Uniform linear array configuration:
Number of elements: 12
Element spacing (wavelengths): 0.25
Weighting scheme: exponential
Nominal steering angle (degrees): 60
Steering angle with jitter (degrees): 60.622
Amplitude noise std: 0.05
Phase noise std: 0.05

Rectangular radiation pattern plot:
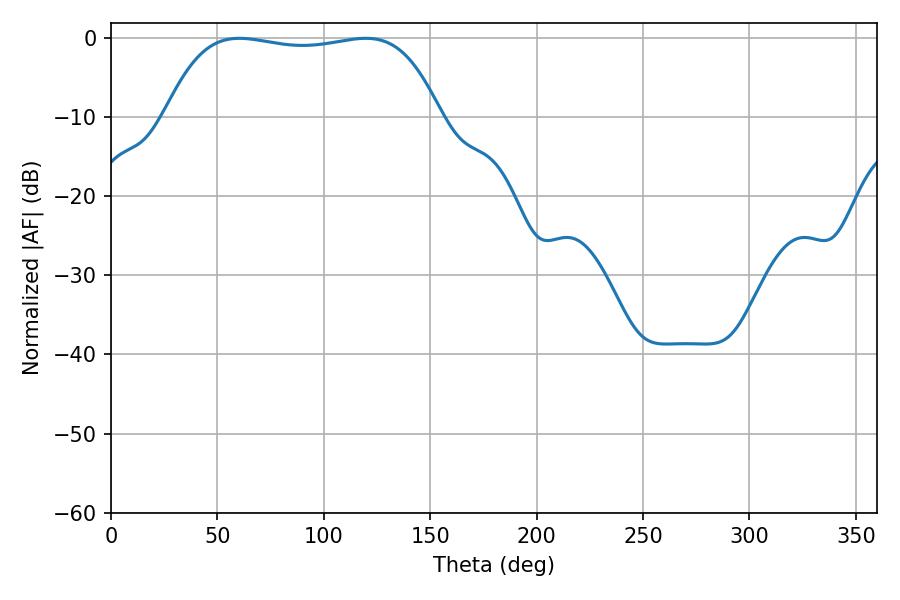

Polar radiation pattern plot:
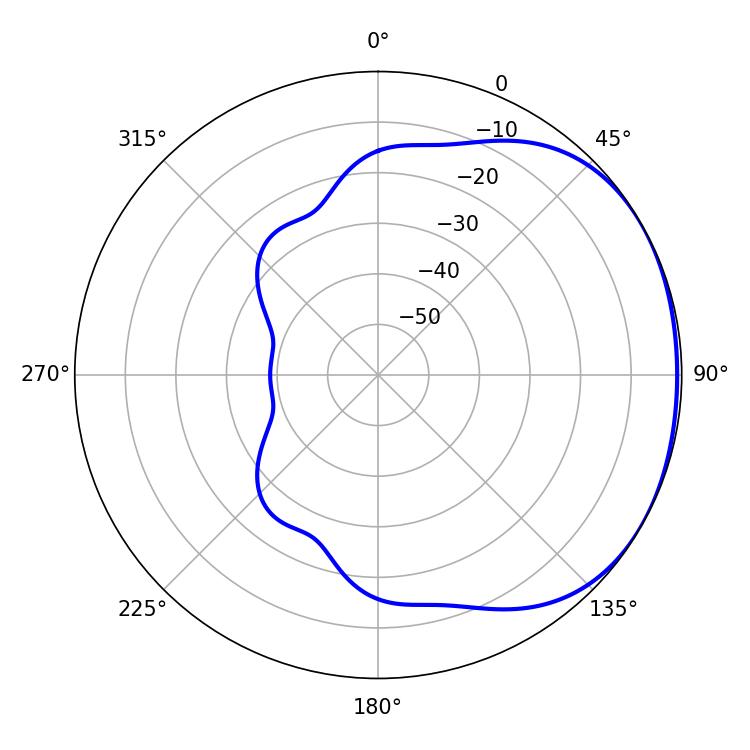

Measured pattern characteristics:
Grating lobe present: FALSE
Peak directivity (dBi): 1.391
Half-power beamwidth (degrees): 102.6
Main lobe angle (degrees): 60.3